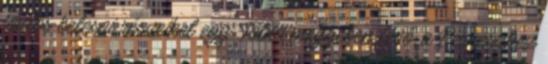
fontos belcsai részeiket egy Tolna megyében lévő, a Perneszhez